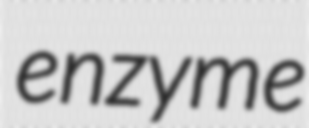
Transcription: enzyme